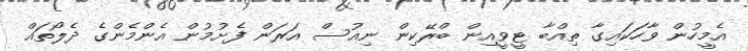
އެމީހުން ވާހަކައިގާ ތިއްބާ ޓީވީއިން ބްރޭކިން ނިއުސް އަރަން ފެށުމުން އެންމެންގެ ދެލޯތައް